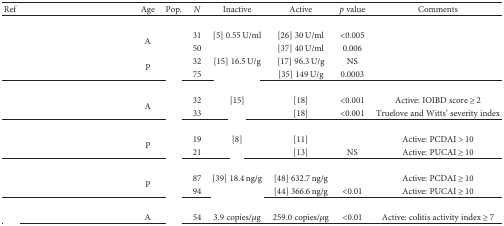
<table><thead><tr><td><b>Ref</b></td><td><b>Age</b></td><td><b>Pop.</b></td><td><b><i>N</i></b></td><td><b>Inactive</b></td><td><b>Active</b></td><td><b><i>p</i> value</b></td><td><b>Comments</b></td></tr></thead><tbody><tr><td>[EMPTY_CELL]</td><td>[EMPTY_CELL]</td><td>[EMPTY_CELL]</td><td>[EMPTY_CELL]</td><td>[EMPTY_CELL]</td><td>[EMPTY_CELL]</td><td>[EMPTY_CELL]</td><td>[EMPTY_CELL]</td></tr><tr><td rowspan="2">[EMPTY_CELL]</td><td rowspan="2">A</td><td>[EMPTY_CELL]</td><td>31</td><td>[5] 0.55 U/ml</td><td>[26] 30 U/ml</td><td>&lt;0.005</td><td rowspan="2">[EMPTY_CELL]</td></tr><tr><td>[EMPTY_CELL]</td><td>50</td><td>[EMPTY_CELL]</td><td>[37] 40 U/ml</td><td>0.006</td></tr><tr><td rowspan="2">[EMPTY_CELL]</td><td rowspan="2">P</td><td>[EMPTY_CELL]</td><td>32</td><td>[15] 16.5 U/g</td><td>[17] 96.3 U/g</td><td>NS</td><td rowspan="2">[EMPTY_CELL]</td></tr><tr><td>[EMPTY_CELL]</td><td>75</td><td>[EMPTY_CELL]</td><td>[35] 149 U/g</td><td>0.0003</td></tr><tr><td>[EMPTY_CELL]</td><td>[EMPTY_CELL]</td><td>[EMPTY_CELL]</td><td>[EMPTY_CELL]</td><td>[EMPTY_CELL]</td><td>[EMPTY_CELL]</td><td>[EMPTY_CELL]</td><td>[EMPTY_CELL]</td></tr><tr><td rowspan="2">[EMPTY_CELL]</td><td rowspan="2">A</td><td>[EMPTY_CELL]</td><td>32</td><td>[15]</td><td>[18]</td><td>&lt;0.001</td><td>Active: IOIBD score ≥ 2</td></tr><tr><td>[EMPTY_CELL]</td><td>33</td><td>[EMPTY_CELL]</td><td>[18]</td><td>&lt;0.001</td><td>Truelove and Witts' severity index</td></tr><tr><td>[EMPTY_CELL]</td><td>[EMPTY_CELL]</td><td>[EMPTY_CELL]</td><td>[EMPTY_CELL]</td><td>[EMPTY_CELL]</td><td>[EMPTY_CELL]</td><td>[EMPTY_CELL]</td><td>[EMPTY_CELL]</td></tr><tr><td rowspan="2">[EMPTY_CELL]</td><td rowspan="2">P</td><td>[EMPTY_CELL]</td><td>19</td><td>[8]</td><td>[11]</td><td>[EMPTY_CELL]</td><td>Active: PCDAI &gt; 10</td></tr><tr><td>[EMPTY_CELL]</td><td>21</td><td>[EMPTY_CELL]</td><td>[13]</td><td>NS</td><td>Active: PUCAI ≥ 10</td></tr><tr><td>[EMPTY_CELL]</td><td>[EMPTY_CELL]</td><td>[EMPTY_CELL]</td><td>[EMPTY_CELL]</td><td>[EMPTY_CELL]</td><td>[EMPTY_CELL]</td><td>[EMPTY_CELL]</td><td>[EMPTY_CELL]</td></tr><tr><td rowspan="2">[EMPTY_CELL]</td><td rowspan="2">P</td><td>[EMPTY_CELL]</td><td>87</td><td>[39] 18.4 ng/g</td><td>[48] 632.7 ng/g</td><td>[EMPTY_CELL]</td><td>Active: PCDAI ≥ 10</td></tr><tr><td>[EMPTY_CELL]</td><td>94</td><td>[EMPTY_CELL]</td><td>[44] 366.6 ng/g</td><td>&lt;0.01</td><td>Active: PUCAI ≥ 10</td></tr><tr><td>[EMPTY_CELL]</td><td>[EMPTY_CELL]</td><td>[EMPTY_CELL]</td><td>[EMPTY_CELL]</td><td>[EMPTY_CELL]</td><td>[EMPTY_CELL]</td><td>[EMPTY_CELL]</td><td>[EMPTY_CELL]</td></tr><tr><td>[EMPTY_CELL]</td><td>A</td><td>[EMPTY_CELL]</td><td>54</td><td>3.9 copies/<i>μ</i>g</td><td>259.0 copies/<i>μ</i>g</td><td><i>&lt;</i>0.01</td><td>Active: colitis activity index ≥ 7</td></tr></tbody></table>